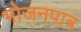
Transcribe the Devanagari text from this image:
भोजनपात्र